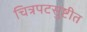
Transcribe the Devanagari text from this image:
चित्रपटसुष्टीत